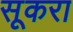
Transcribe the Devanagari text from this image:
सूकरा